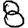
Digit: 8